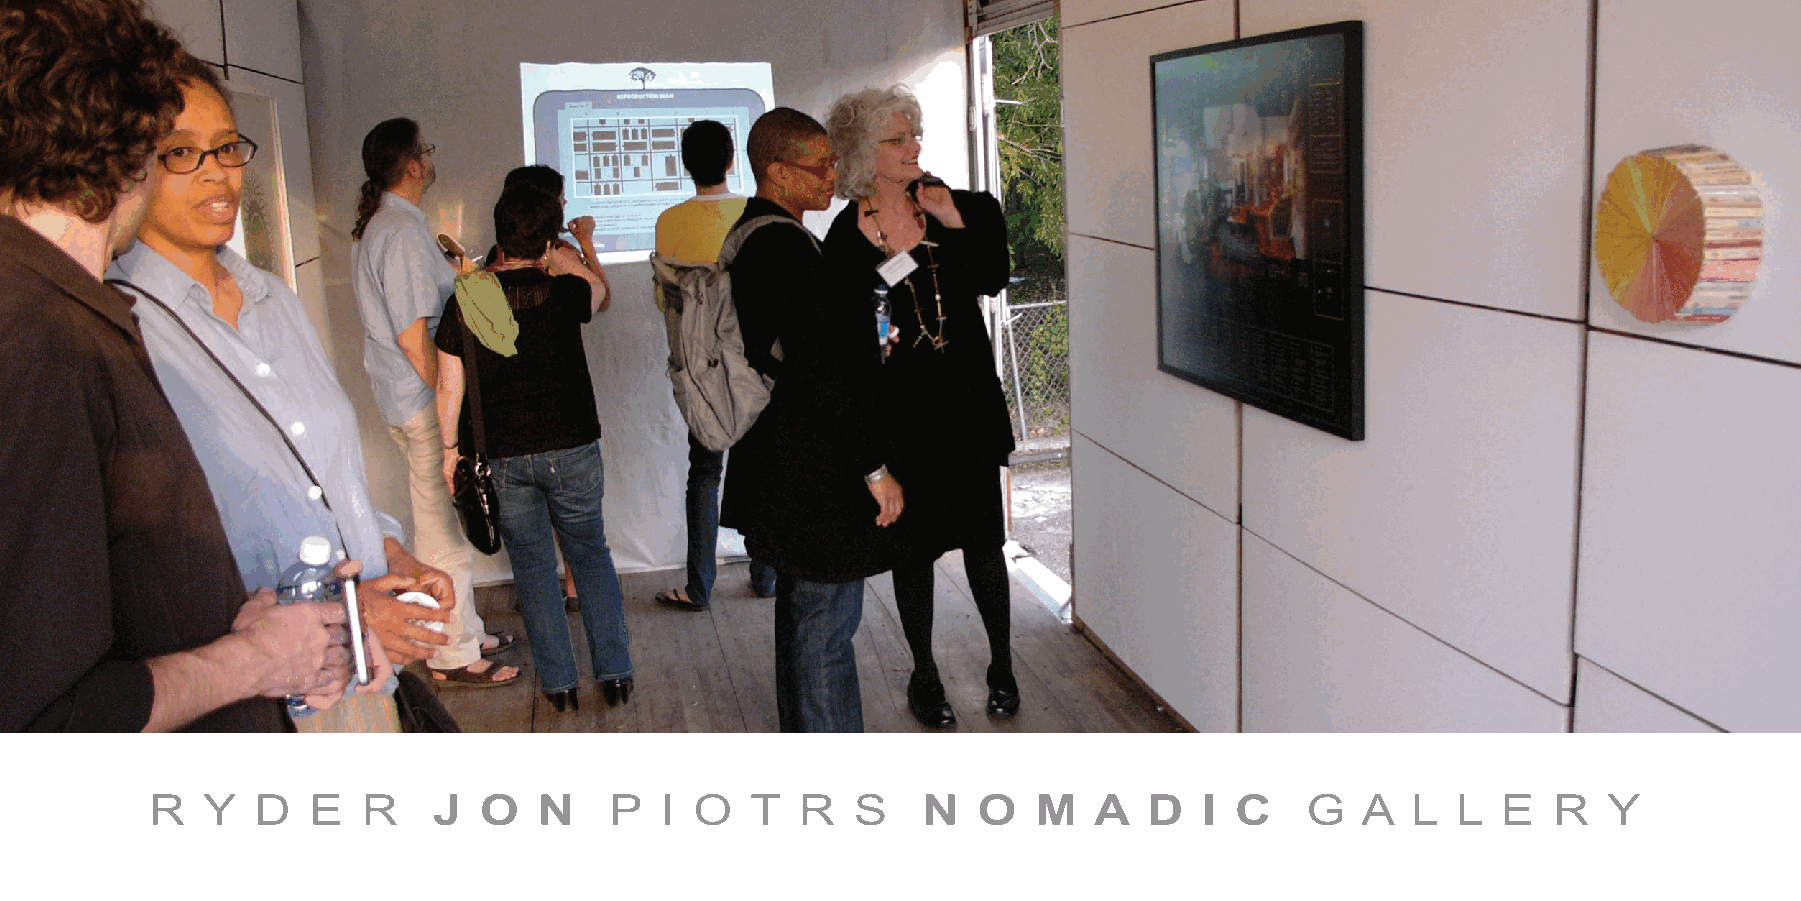
R  y   d  e   R    J  o   n   P   i o   t  R  s    n   o   m  a   d   i c   G   a  l  l  e   R  y